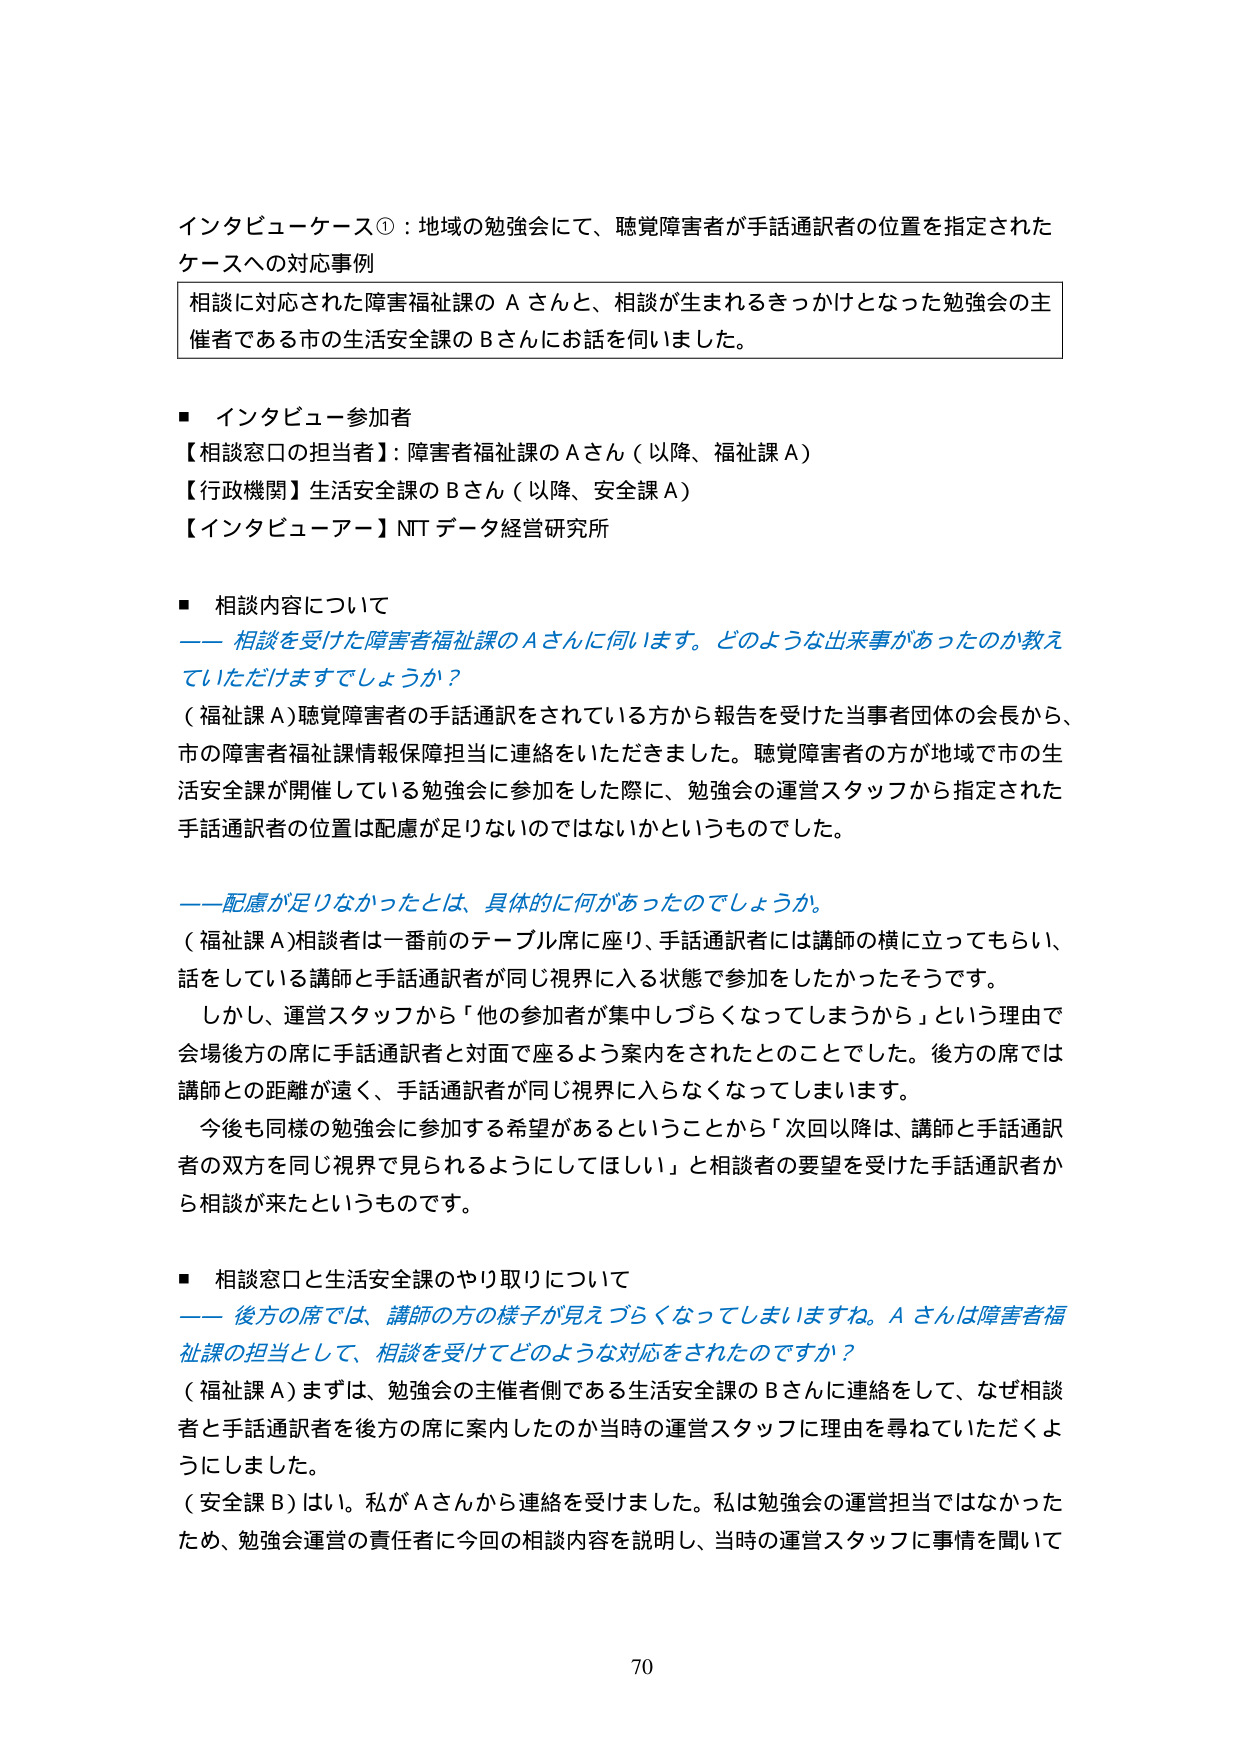
インタビューケース①：地域の勉強会にて、聴覚障害者が手話通訳者の位置を指定されたケースへの対応事例

相談に対応された障害福祉課のＡさんと、相談が生まれるきっかけとなった勉強会の主催者である市の生活安全課のＢさんにお話を伺いました。

■ インタビュー参加者
【相談窓口の担当者】：障害者福祉課のＡさん（以降、福祉課Ａ）
【行政機関】生活安全課のＢさん（以降、安全課Ａ）
【インタビュアー】NTデータ経営研究所

■ 相談内容について
―― 相談を受けた障害者福祉課のＡさんに伺います。どのような出来事があったのか教えていただけますでしょうか？
（福祉課Ａ）聴覚障害者の手話通訳をされている方から報告を受けた当事者団体の会長から、市の障害者福祉課情報保障担当に連絡をいただきました。聴覚障害者の方が地域で市の生活安全課が開催している勉強会に参加をした際に、勉強会の運営スタッフから指定された手話通訳者の位置は配慮が足りないのではないかというものでした。

――配慮が足りなかったとは、具体的に何があったのでしょうか。
（福祉課Ａ）相談者は一番前のテーブル席に座り、手話通訳者には講師の横に立ってもらい、話をしている講師と手話通訳者が同じ視界に入る状態で参加をしたかったそうです。
しかし、運営スタッフから「他の参加者が集中しづらくなってしまうから」という理由で会場後方の席に手話通訳者と対面で座るよう案内をされたとのことでした。後方の席では講師との距離が遠く、手話通訳者が同じ視界に入らなくなってしまいます。
今後も同様の勉強会に参加する希望があるということから「次回以降は、講師と手話通訳者の双方を同じ視界で見られるようにしてほしい」と相談者の要望を受けた手話通訳者から相談が来たというものです。

■ 相談窓口と生活安全課のやり取りについて
―― 後方の席では、講師の方の様子が見えづらくなってしまいますね。Ａさんは障害者福祉課の担当として、相談を受けてどのような対応をされたのですか？
（福祉課Ａ）まずは、勉強会の主催者側である生活安全課のＢさんに連絡をして、なぜ相談者と手話通訳者を後方の席に案内したのか当時の運営スタッフに理由を尋ねていただくようにしました。
（安全課Ｂ）はい。私がＡさんから連絡を受けました。私は勉強会の運営担当ではなかったため、勉強会運営の責任者に今回の相談内容を説明し、当時の運営スタッフに事情を聞いて

70